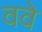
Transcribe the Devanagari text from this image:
ववे